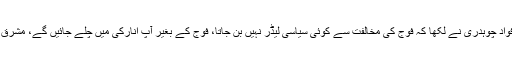
اس کے جواب میں فواد چوہدری نے لکھا کہ فوج کی مخالفت سے کوئی سیاسی لیڈر نہیں بن جاتا، فوج کے بغیر آپ انارکی میں چلے جائیں گے، مشرق وسطیٰ کو دیکھ لیں۔